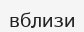
вблизи